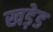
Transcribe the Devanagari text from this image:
खड़ेड